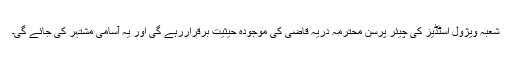
شعبہ ویژول اسٹڈیز کی چیئر پرسن محترمہ دریہ قاضی کی موجودہ حیثیت برقراررہے گی اور یہ آسامی مشتہر کی جائے گی۔